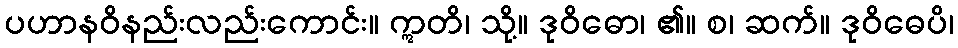
ပဟာနဝိနည်းလည်းကောင်း။ ဣတိ၊ သို့။ ဒုဝိဓော၊ ၏။ စ၊ ဆက်။ ဒုဝိဓေပိ၊